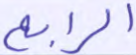
الرابع